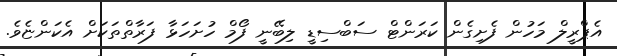
އެޕްރީލް މަހުން ފެށިގެން ކަރަންޓް ސަބްސިޑީ ލިބޭނީ ފޯމް ހުށަހަޅާ ފަރާތްތަކަށް އެކަންޏެވެ.